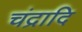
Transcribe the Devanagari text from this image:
चंद्रादि